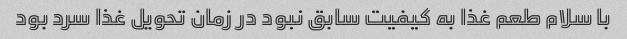
با سلام طعم غذا به کیفیت سابق نبود در زمان تحویل غذا سرد بود